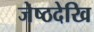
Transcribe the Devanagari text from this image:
जेष्ठदेखि